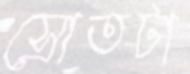
স্রোতটা